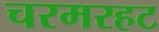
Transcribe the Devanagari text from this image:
चरमरहट